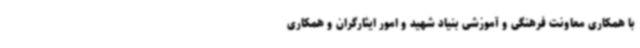
با همکاری معاونت فرهنگی و آموزشی بنیاد شهید و امور ایثارگران و همکاری